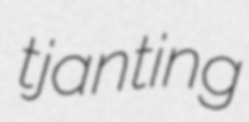
tjanting